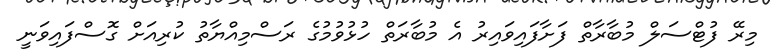
މިރޭ ފުޓްސަލް މުބާރާތް ފަށާފައިވައިރު އެ މުބާރަތް ހުޅުވުމުގެ ރަސްމިއްޔާތު ކުރިއަށް ގޮސްފައިވަނީ